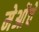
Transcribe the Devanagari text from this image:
मेओंचे